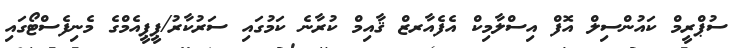
ސުޕްރީމް ކައުންސިލް އޮފް އިސްލާމިކް އެފެއާރޒް ޤާއިމް ކުރާނެ ކަމުގައި ސަރުކާރު/ޕީޕީއެމްގެ މެނިފެސްޓޯގައި